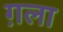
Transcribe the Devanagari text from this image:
ग़ला